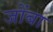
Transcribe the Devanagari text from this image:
जोंबा